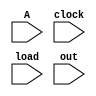
`timescale 1ns / 1ps
module f_circularShiftLeft(input [3:0] A,input clock,input load,input [3:0] out);
reg [3:0] a;
reg temp;
always @(posedge clock)
   begin
   if(load) a <=A;
   else
        begin 
        temp = a[3];
        a[3]<=a[2];
        a[2]<=a[1];
        a[1]<=a[0];
        a[0]<=temp;
        end
        end
        assign out = a;
endmodule